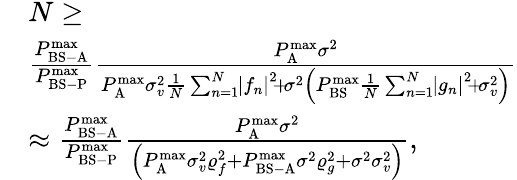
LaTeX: \begin{array}{rl}&{N\ge}\\ &{\frac{{P_{{\mathrm{BS-A}}}^{\operatorname*{max}}}}{{P_{{\mathrm{BS-P}}}^{\operatorname*{max}}}}\frac{{P_{\mathrm{A}}^{\operatorname*{max}}{\sigma^{2}}}}{{P_{\mathrm{A}}^{\operatorname*{max}}\sigma_{v}^{2}\frac{1}{N}\sum_{n=1}^{N}\! {{{\left|{{f_{n}}}\right|}^{2}}}\! +\! {\sigma^{2}}\left({P_{{\mathrm{BS}}}^{\operatorname*{max}}\frac{1}{N}\sum_{n=1}^{N}\! {{\left|{{g_{n}}}\right|}^{2}}\! +\! \sigma_{v}^{2}}\right)}}}\\ &{\approx\frac{{P_{{\mathrm{BS-A}}}^{{\operatorname*{max}}}}}{{P_{{\mathrm{BS-P}}}^{{\operatorname*{max}}}}}\frac{{P_{\mathrm{A}}^{{\operatorname*{max}}}{\sigma^{2}}}}{{\left({P_{\mathrm{A}}^{{\operatorname*{max}}}\sigma_{v}^{2}\varrho_{f}^{2}+P_{{\mathrm{BS-A}}}^{{\operatorname*{max}}}{\sigma^{2}}\varrho_{g}^{2}+{\sigma^{2}}\sigma_{v}^{2}}\right)}},}\end{array}